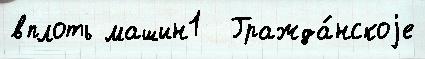
вплоть машин1  Гражда́нскоjе